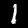
Label: 1